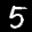
Label: 5